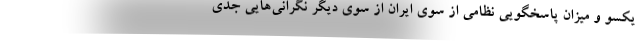
یکسو و میزان پاسخگویی نظامی از سوی ایران از سوی دیگر نگرانی‌هایی جدی